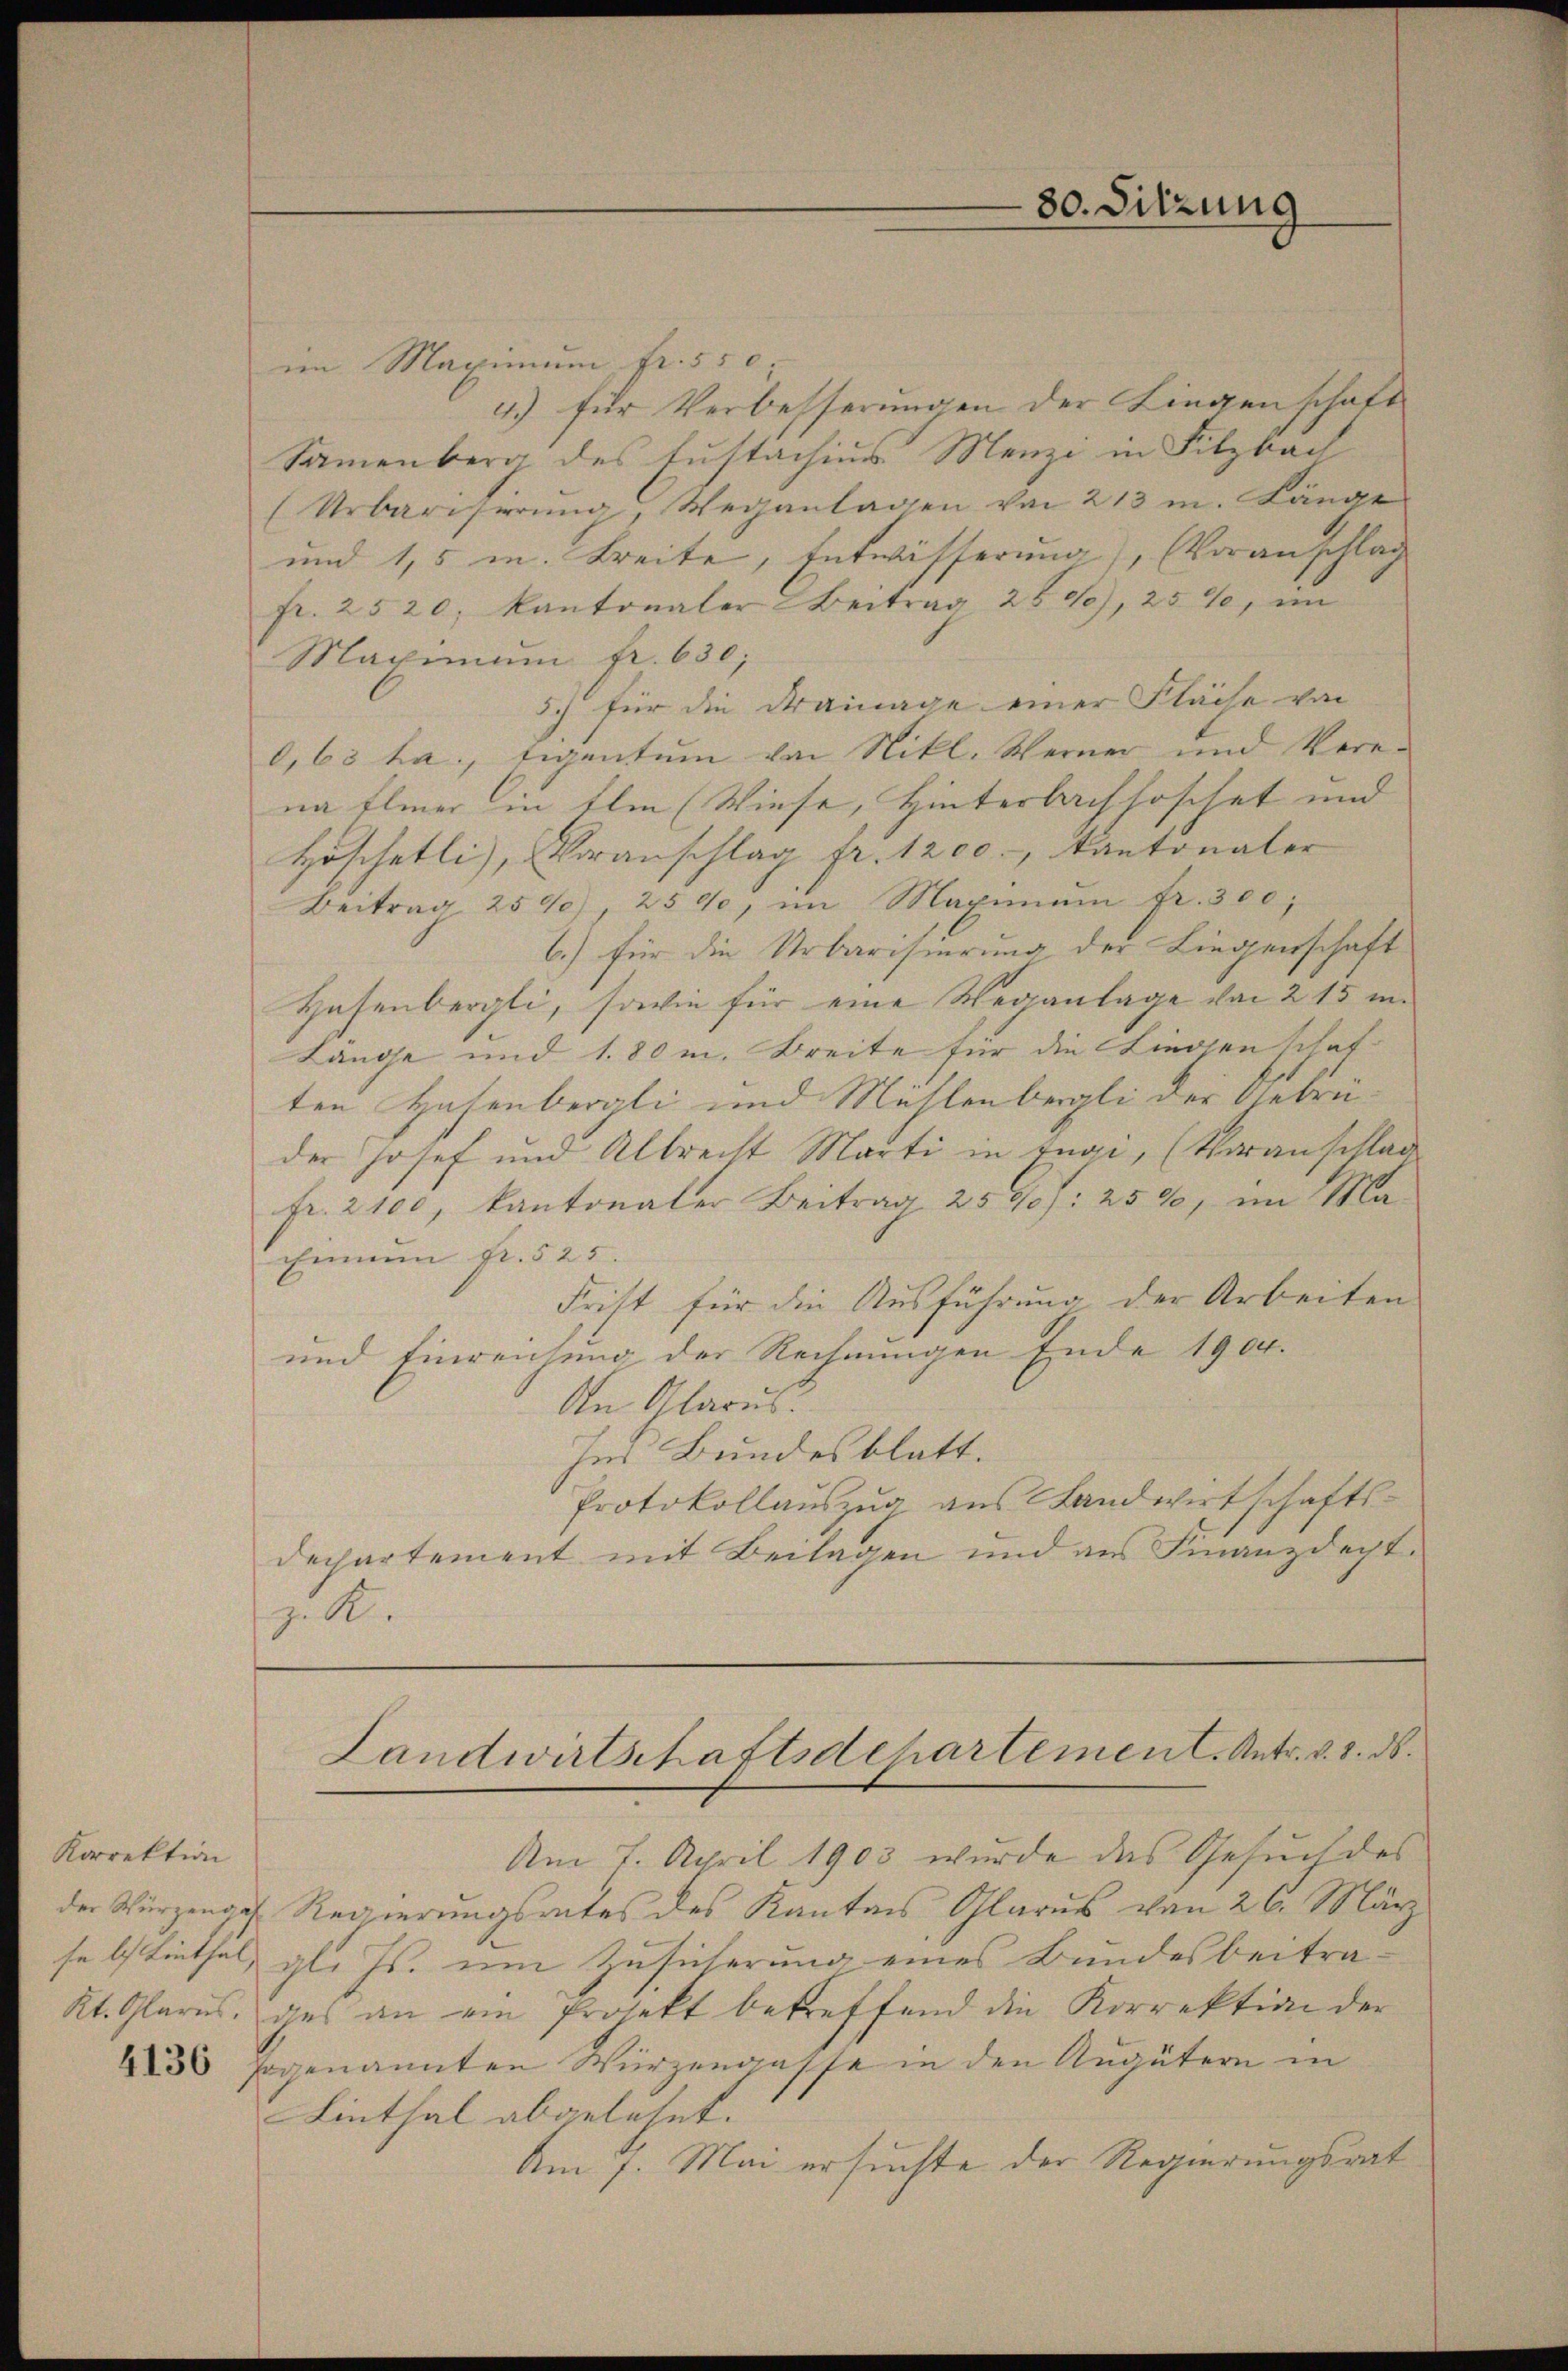
Korrektion

80. Sitzung

im Maximum fr. 550.
4.) für Verbesserungen der Liegenschaft
Sammenberg des Justachius Menzi in Sitzbach
Urbarisierung, Weganlagen von 213 m. Länge
und 1,5 m. Breite, Entwisserung), (Voranschlag
fr. 2520; kantonaler Beitrag 2500), 25%, im
Maximum fr. 630;
5ch für die Drainage einer Fläche von
0,63 ha. Eigentum von Nikl. Werner und Verena Elmer in Ihm (Wiese, Hinterlachsoschet und
Höschetti), Voranschlag fr. 1200.-, Kantonaler
Beitrag 2590), 2500, im Maximŭm fr. 300,
b.) für die Urbarisierung der Liegenschaft
Hasenbergli, sowie für eine Weganlage von 215 u.
Lange und 180 m. Breite für die Liegenschaf-
ten Hasenbergli und Mühlenbergli der Gebrüder Josef und Albrecht Marti in trai, (Voranschlage
Fr. 2100, kantonaler Beitrag 2590/: 25%, im Ma¬
Einum Fr. 525.
Frist für die Ausführung der Arbeiten
und Einreichung der Rechnungen Ende 1904.
An Glarus.
ses Bundesblatt.
Protokollauszug aus Landwirtschafts-
dechartement mit Beilagen und aus Finanzdacht.
zl.
Landwirtschaftsdepartement. Antr. v. 8. ds.
Am 7. April 1903 wurde das Gesuch des
der Würzenges Regierungsrates des Kantons Glarus von 26. März
sebstenthal, gl. Js. um Zusicherung eines Bundesbeitra¬
Kt. Glarus, das an ein Projekt betreffend die Korrektion der
435 sogenannten Würzengasse in den Augütern in
Linthal abgelehnt.
Am 7. Mai ersuchte der Regierungsrat